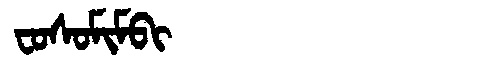
Manchu: ᠸᠣᠰᠣᠮᡳᠮᠪᡳ
Romanization: FOSOMIMBI